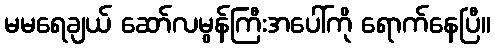
မမရေချယ် ဆော်လမွန်ကြီးအပေါ်ကို ရောက်နေပြီ။